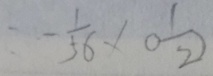
= - \frac { 1 } { 5 6 } \times 0 \frac { 1 } { 2 } )